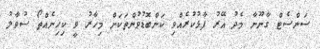
ސަންސެޓް ގާނޫނާ މެދު އޭރު ފާޅުކުރެއްވި ކަންބޮޑުވުންތަކަށް މިހާރު ވީ ކިހިނެއްތޯ ސުވާލު